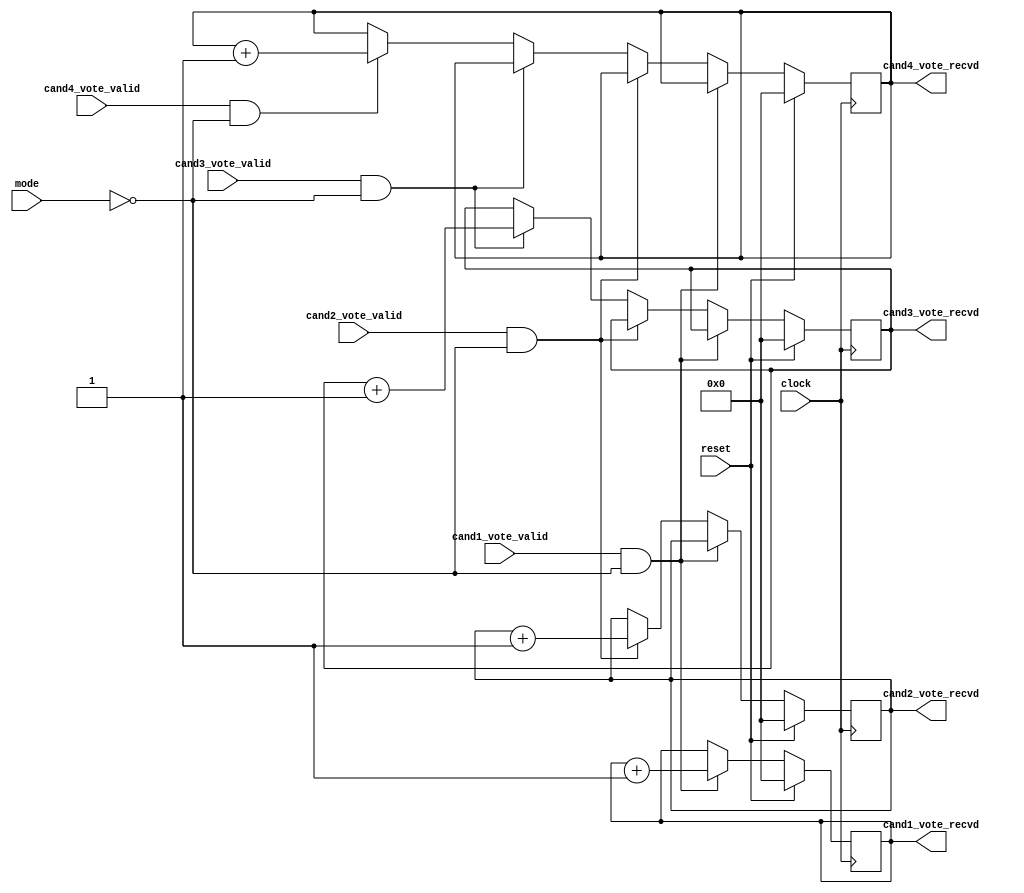
`timescale 1ns / 1ps
//////////////////////////////////////////////////////////////////////////////////
// Company: 
// Engineer: 
// 
// Design Name: 
// Module Name: votelogger
// Project Name: 
// Target Devices: 
// Tool Versions: 
// Description: 
// 
// Dependencies: 
// 
// Revision:
// Revision 0.01 - File Created
// Additional Comments:
// 
//////////////////////////////////////////////////////////////////////////////////


module votelogger(
input clock,
input reset,
input mode,
input cand1_vote_valid,
input cand2_vote_valid,
input cand3_vote_valid,
input cand4_vote_valid,
output reg [7:0] cand1_vote_recvd,
output reg [7:0] cand2_vote_recvd,
output reg [7:0] cand3_vote_recvd,
output reg [7:0] cand4_vote_recvd
);


always @(posedge clock)
begin
    if(reset)
    begin
        cand1_vote_recvd <= 0;
        cand2_vote_recvd <= 0;
        cand3_vote_recvd <= 0;
        cand4_vote_recvd <= 0;
    end
    else
    begin
        if(cand1_vote_valid & mode==0)
            cand1_vote_recvd <= cand1_vote_recvd + 1;
        else if(cand2_vote_valid & mode==0)
            cand2_vote_recvd <= cand2_vote_recvd + 1;
        else if(cand3_vote_valid & mode==0)
            cand3_vote_recvd <= cand3_vote_recvd + 1;
        else if(cand4_vote_valid & mode==0)
            cand4_vote_recvd <= cand4_vote_recvd + 1;
    end
end

endmodule